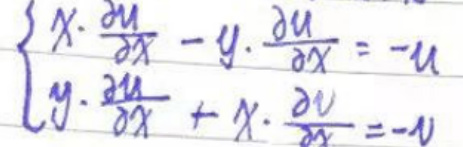
\left\{
\begin{array}{l}
x\cdot\frac{\partial u}{\partial x}-y\cdot\frac{\partial u}{\partial x}=-u\\
y\cdot\frac{\partial u}{\partial x}+x\cdot\frac{\partial v}{\partial x}=-v
\end{array}
\right.